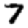
Digit: 7